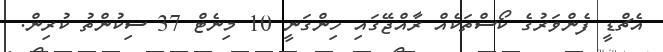
އެޗްޑީ ފެންވަރުގެ ކޯސްތަކެއް ރާއްޖޭގައި ހިންގަނީ 10 މިނެޓް 37 ސިކުންތު ކުރިން.